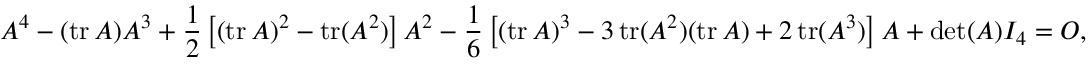
A ^ { 4 } - ( \operatorname { t r } A ) A ^ { 3 } + { \frac { 1 } { 2 } } \left[ ( \operatorname { t r } A ) ^ { 2 } - \operatorname { t r } ( A ^ { 2 } ) \right] A ^ { 2 } - { \frac { 1 } { 6 } } \left[ ( \operatorname { t r } A ) ^ { 3 } - 3 \operatorname { t r } ( A ^ { 2 } ) ( \operatorname { t r } A ) + 2 \operatorname { t r } ( A ^ { 3 } ) \right] A + \operatorname* { d e t } ( A ) I _ { 4 } = O ,